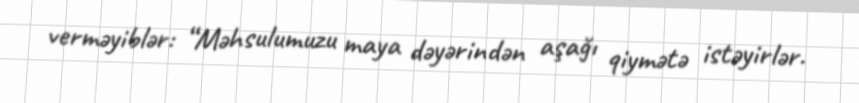
verməyiblər: “Məhsulumuzu maya dəyərindən aşağı qiymətə istəyirlər.